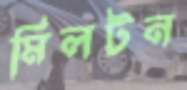
মিলটন